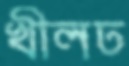
খীলঢ